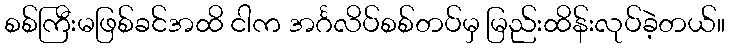
စစ်ကြီးမဖြစ်ခင်အထိ ငါက အင်္ဂလိပ်စစ်တပ်မှ မြည်းထိန်းလုပ်ခဲ့တယ်။